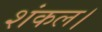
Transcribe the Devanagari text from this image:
शंकल।